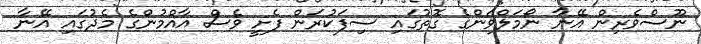
ނޫސްވެރިން އޭނާ ނޯމަލްވަންގެ ގޮތުގައި ސިފަކުރަން ފެށީ ވެސް އާއްމުންގެ މެދުގައި އޭނާ